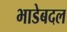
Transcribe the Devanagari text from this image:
भाडेबदल